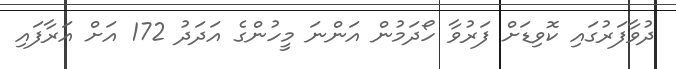
ދުވާފަރުގައި ކޮވިޑަށް ފަރުވާ ހޯދަމުން އަންނަ މީހުންގެ އަދަދު 172 އަށް އަރާފައި